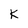
Character: K